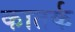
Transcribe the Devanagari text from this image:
कातर्क